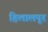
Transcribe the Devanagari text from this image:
हिलालपूर